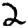
Digit: 2